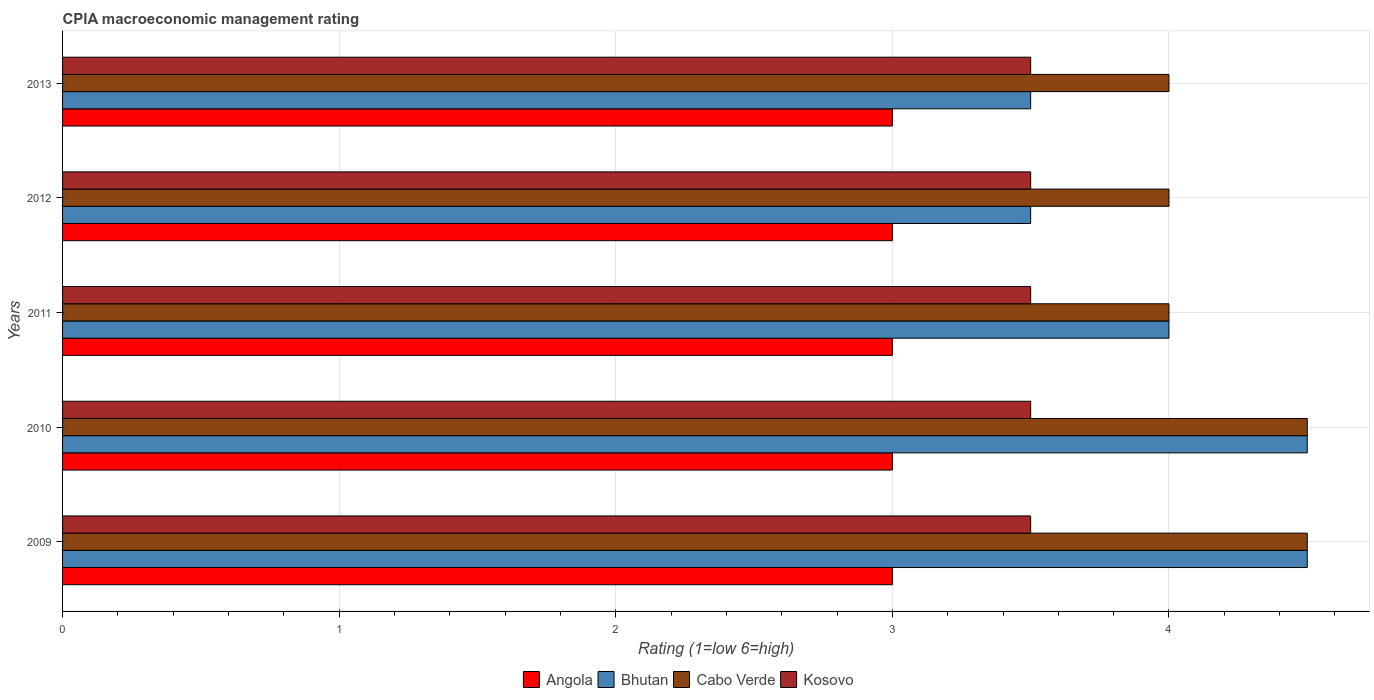
| Years | Angola | Bhutan | Cabo Verde | Kosovo |
 | --- | --- | --- | --- | --- |
 | 2009 | 3 | 4.5 | 4.5 | 3.5 |
 | 2010 | 3 | 4.5 | 4.5 | 3.5 |
 | 2011 | 3 | 4 | 4 | 3.5 |
 | 2012 | 3 | 3.5 | 4 | 3.5 |
 | 2013 | 3 | 3.5 | 4 | 3.5 |